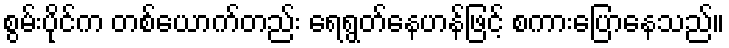
စွမ်းပိုင်က တစ်ယောက်တည်း ရေရွတ်နေဟန်ဖြင့် စကားပြောနေသည်။